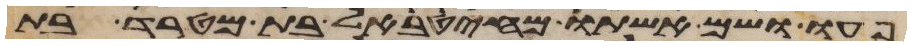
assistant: פעו ושם אשתו מהטבאל בת מטרד בת